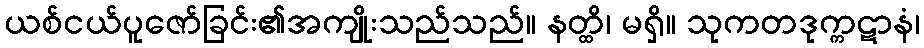
ယစ်ငယ်ပူဇော်ခြင်း၏အကျိုးသည်သည်။ နတ္ထိ၊ မရှိ။ သုကတဒုက္ကဋာနံ၊